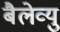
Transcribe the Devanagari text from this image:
बैलेव्यु